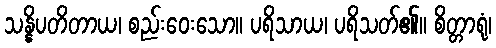
သန္နိပတိတာယ၊ စည်းဝေးသော။ ပရိသာယ၊ ပရိသတ်၏။ စိတ္တာရုံ၊